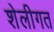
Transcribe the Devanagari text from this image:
शेलीगत